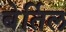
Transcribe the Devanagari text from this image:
बेर्तिल